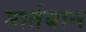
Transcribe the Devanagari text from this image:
मार्तबान